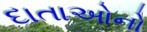
દાતાઓનો